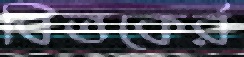
বিতকের্র